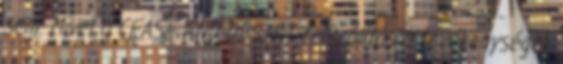
sem. Mivel a CEASE AND DESIST felszólítás a tevékenységek